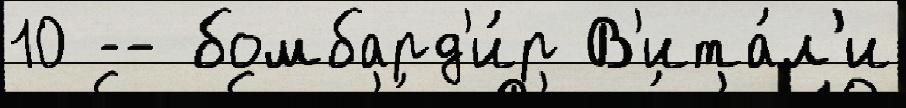
10 -- бомбард'и́р В'ита́л'и